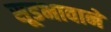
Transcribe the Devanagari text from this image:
सूडभावाने